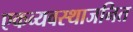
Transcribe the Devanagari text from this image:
एकव्यवस्थाजनित